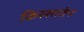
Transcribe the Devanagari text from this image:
किस्सातेन